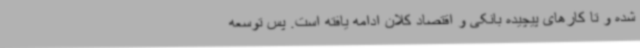
شده و تا کارهای پیچیده بانکی و اقتصاد کلان ادامه یافته است. پس توسعه